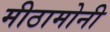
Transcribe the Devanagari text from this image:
मीठामोनी